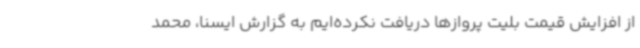
از افزایش قیمت بلیت پروازها دریافت نکرده‌ایم به گزارش ایسنا، محمد